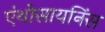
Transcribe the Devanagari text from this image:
एंथोसायनिंस